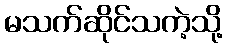
မသက်ဆိုင်သကဲ့သို့